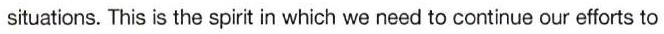
situations. This is the spirit in which we need to continue our efforts to